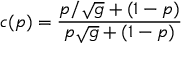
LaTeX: c ( p ) = { \frac { p / \sqrt { g } + ( 1 - p ) } { p \sqrt { g } + ( 1 - p ) } }